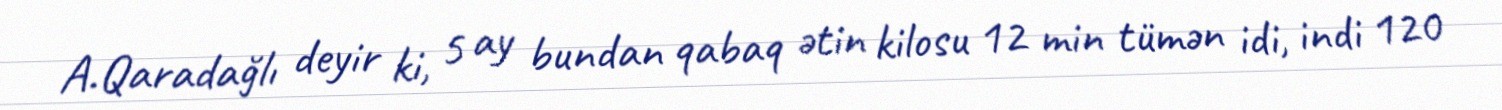
A.Qaradağlı deyir ki, 5 ay bundan qabaq ətin kilosu 12 min tümən idi, indi 120